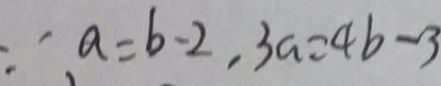
\because a = b - 2 , 3 a = 4 b - 3